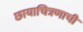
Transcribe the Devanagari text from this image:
छायाचित्रणाची